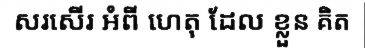
សរសើរ អំពី ហេតុ ដែល ខ្លួន គិត